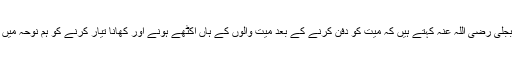
جریر بن عبداللہ بجلی رضی اللہ عنہ کہتے ہیں کہ میت کو دفن کرنے کے بعد میت والوں کے ہاں اکٹھے ہونے اور کھانا تیار کرنے کو ہم نوحہ میں شمار کرتے ہیں۔